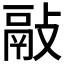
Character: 𢾿